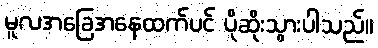
မူလအခြေအနေထက်ပင် ပိုဆိုးသွားပါသည်။